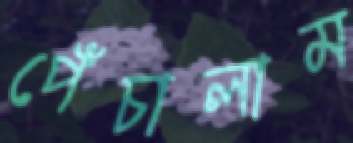
পেঁচালাম